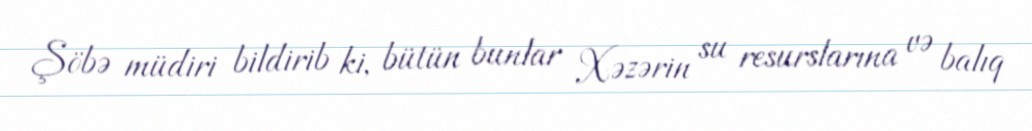
Şöbə müdiri bildirib ki, bütün bunlar Xəzərin su resurslarına və balıq